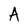
Character: A